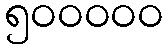
၅၀၀၀၀၀